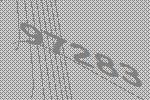
97283